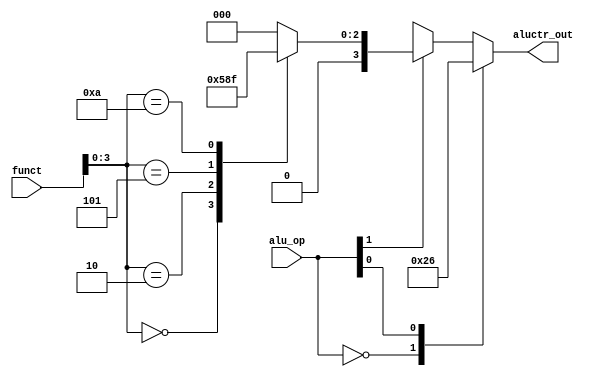
`timescale 1ns / 1ps 
//////////////////////////////////////////////////////////////////////////////////
// Company:
// Engineer:
//
// Design Name:
// Module Name: ALUCtr
// Project Name:
// Target Devices:
// Tool Versions:
// Description:
//
// Dependencies:
//
// Revision:
// Revision 0.01 - File Created
// Additional Comments:
//
//////////////////////////////////////////////////////////////////////////////////


module ALUCtr(
           input [5: 0] funct,
           input [1: 0] alu_op,
           output reg [3: 0] aluctr_out
       );


always @({funct, alu_op}) begin
    casex (alu_op)
        2'b00:
            aluctr_out = 4'b0010;       // memory
        2'bx1:
            aluctr_out = 4'b0110;       // branch
        2'b1x: begin                    // R type
            case (funct[3: 0])
                4'b0000:
                    aluctr_out = 4'b0010;
                4'b0010:
                    aluctr_out = 4'b0110;
                4'b0100:
                    aluctr_out = 4'b0000;
                4'b0101:
                    aluctr_out = 4'b0001;
                4'b1010:
                    aluctr_out = 4'b0111;
                default:
                    aluctr_out = 4'b0000;
            endcase
        end
    endcase
end


endmodule